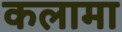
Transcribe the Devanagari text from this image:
कलामा